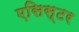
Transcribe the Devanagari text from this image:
एसिस्टर